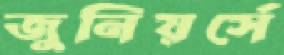
জুনিয়র্সে